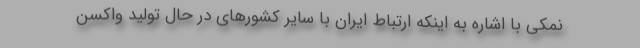
نمکی با اشاره به اینکه ارتباط ایران با سایر کشورهای در حال تولید واکسن